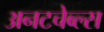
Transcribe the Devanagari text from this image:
अनटचेब्ल्स